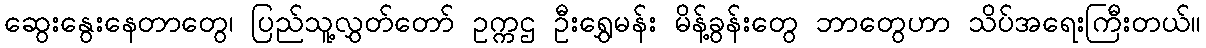
ဆွေးနွေးနေတာတွေ၊ ပြည်သူ့လွှတ်တော် ဥက္ကဌ ဦးရွှေမန်း မိန့်ခွန်းတွေ ဘာတွေဟာ သိပ်အရေးကြီးတယ်။